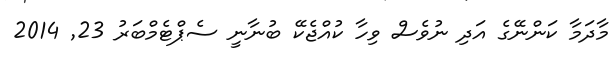
މާދަމާ ކަންނޭގެ އަދި ނުވެސް ވިހާ ކުއްޖެކޭ ބުނާނީ ސެޕްޓެމްބަރު 23